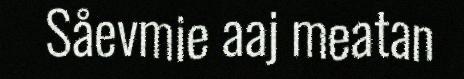
Såevmie aaj meatan